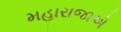
મહારાજાએ